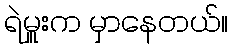
ရဲမှူးက မှာနေတယ်။